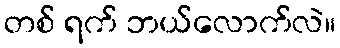
တစ် ရက် ဘယ်လောက်လဲ။